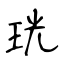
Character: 珖